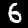
Label: 6